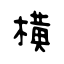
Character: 横